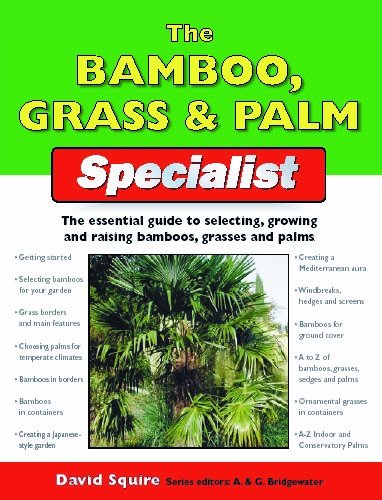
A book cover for The Bamboo, Grass & Palm Specialist: The Essential Guide to Selecting, Growing and Propagating Bamboos, Grasses and Palms (Specialist Series); David Squire; Crafts, Hobbies & Home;